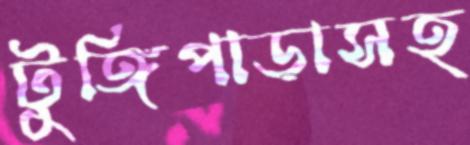
টুঙ্গিপাড়াসহ